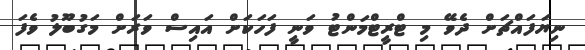
ނިޔަފައްޗަށް ދެވޭ މި ޓްރީޓްމަންޓު ވަނީ ފަހަކަށް އައިސް ވަރަށް މަގުބޫލު ވެފަ